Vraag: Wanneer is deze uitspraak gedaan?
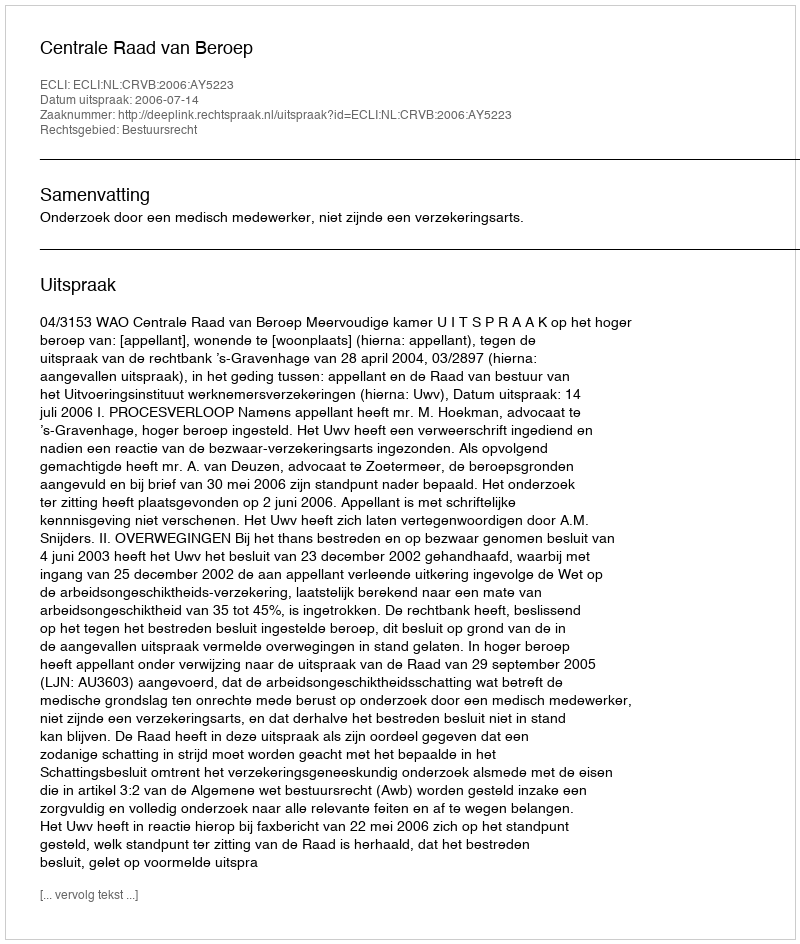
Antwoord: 2006-07-14